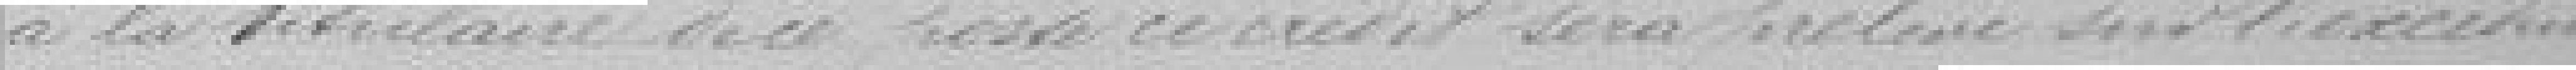
à la titulaire du poste. Ce crédit sera prélevé sur l'exercice